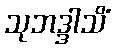
သုဘဒ္ဒါသိံ